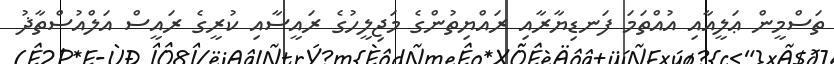
ތަސްމީން ޢަލީއާއި އުއްތަމަ ފަނޑިޔާރާއި ރައްޔިތުންގެ މަޖިލީހުގެ ރައީސާއި ކުރީގެ ރައީސް އަލްއުސްތާޛު